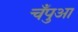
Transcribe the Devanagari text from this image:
चँपुआ